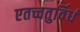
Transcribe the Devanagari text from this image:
एतच्चतुर्विधं